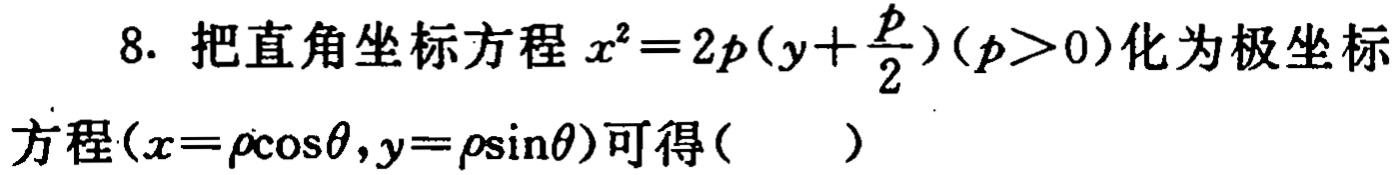
8. 把直角坐标方程$x^{2}=2p(y + \frac{p}{2})(p>0)$化为极坐标方程$(x = \rho\cos\theta,y = \rho\sin\theta)$可得( )